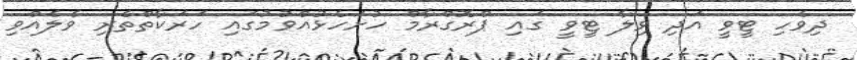
ދިވެހި ޓީވީ އަދި ވިލާ ޓީވީ ގައި ޕްރޮގްރާމް ހުށަހެޅުއްވުމުގައި ހަރަކާތްތެރި ވެލެއްވި